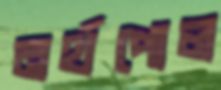
নর্থপোল